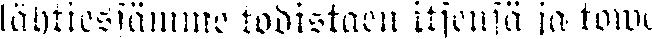
lähtiessämme todistaen itsensä ja towe